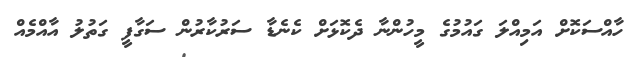
ހާއްސަކޮށް އަމިއްލަ ގައުމުގެ މީހުންނާ ދެކޮޅަށް ކެނެޑާ ސަރުކާރުން ސަގާފީ ގަތުލު އާއްމެއް